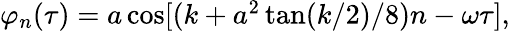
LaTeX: \begin{array}{r}{\varphi_{n}(\tau)=a\cos[(k+a^{2}\tan(k/2)/8)n-\omega\tau],}\end{array}